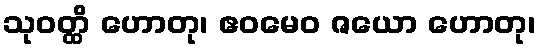
သုဝတ္ထိ ဟောတု၊ ဧဝမေဝ ဇယော ဟောတု၊